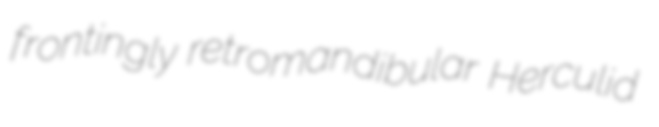
frontingly retromandibular Herculid